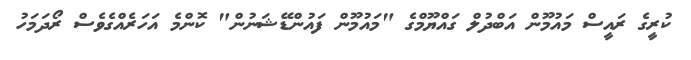
ކުރީގެ ރައީސް މައުމޫން އަބްދުލް ގައްޔޫމްގެ "މައުމޫން ފައުންޑޭޝަނުން" ކޮންމެ އަހަރެއްގެވެސް ރޯދަމަހު